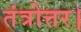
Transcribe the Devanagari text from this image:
तंत्रोत्तर।